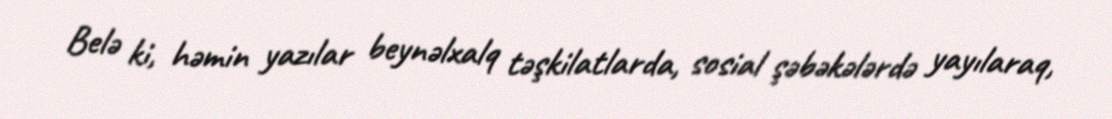
Belə ki, həmin yazılar beynəlxalq təşkilatlarda, sosial şəbəkələrdə yayılaraq,